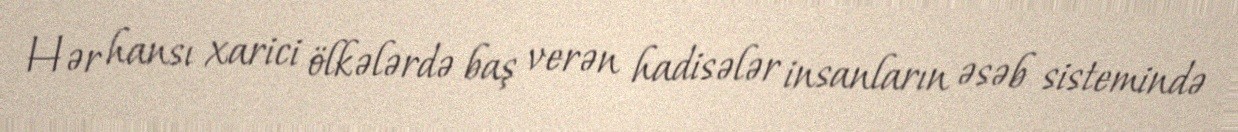
Hər hansı xarici ölkələrdə baş verən hadisələr insanların əsəb sistemində